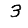
Digit: 3